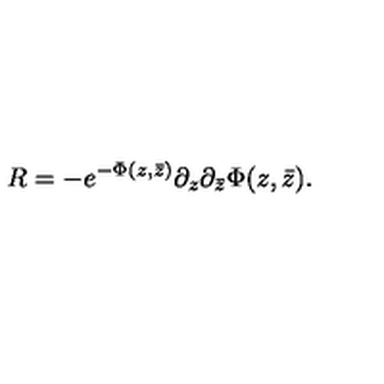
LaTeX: R = - e ^ { - \Phi ( z , \bar { z } ) } \partial _ { z } \partial _ { \bar { z } } \Phi ( z , \bar { z } ) .